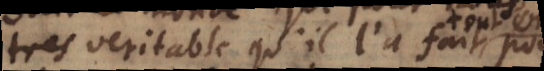
tres veritable qu’il l’a fait tout